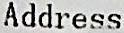
ADDRESS